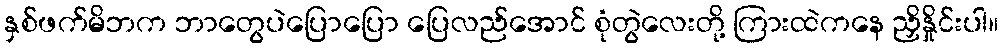
နှစ်ဖက်မိဘက ဘာတွေပဲပြောပြော ပြေလည်အောင် စုံတွဲလေးတို့ ကြားထဲကနေ ညှိနှိုင်းပါ။